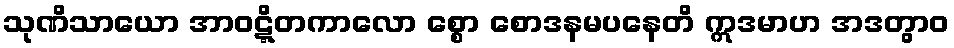
သုဏိသာယော အာဝဋ္ဋိတကာလော စ္စော စောဒနမပနေတိ ဣဒမာဟ အဒတွာဝ